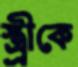
স্ত্র্রীকে